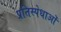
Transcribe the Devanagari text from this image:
प्रतिस्पेधाओं